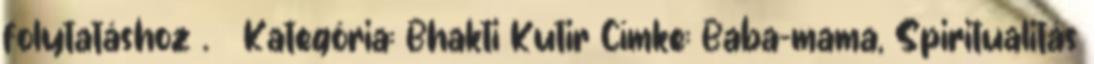
folytatáshoz . → Kategória: Bhakti Kutir Címke: Baba-mama, Spiritualitás